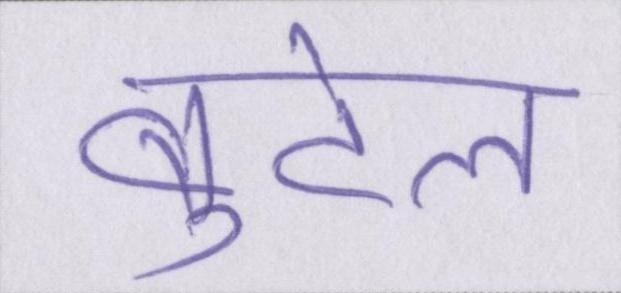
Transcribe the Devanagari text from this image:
बुटेल